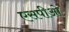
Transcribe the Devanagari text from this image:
एसपीओ